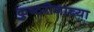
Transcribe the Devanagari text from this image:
कुष्टरोगाच्या